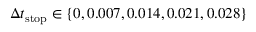
\Delta t _ { \mathrm { s t o p } } \in \{ 0 , 0 . 0 0 7 , 0 . 0 1 4 , 0 . 0 2 1 , 0 . 0 2 8 \}